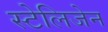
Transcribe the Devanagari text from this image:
स्टेलिजेन